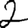
Digit: 2